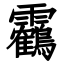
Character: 靏